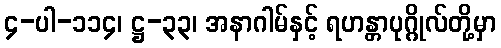
၄-ပါ-၁၁၄၊ ဋ္ဌ-၃၃၊ အနာဂါမ်နှင့် ရဟန္တာပုဂ္ဂိုလ်တို့မှာ